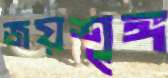
জয়শৃঙ্গ